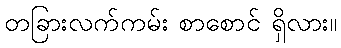
တခြားလက်ကမ်း စာစောင် ရှိလား။